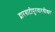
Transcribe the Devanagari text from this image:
द्वारवाटीपुरवारधीश्वर